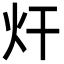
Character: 㶥